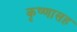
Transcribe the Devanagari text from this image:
कृष्णासह